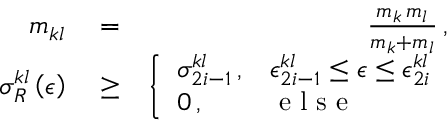
\begin{array} { r l r } { m _ { k l } } & { { } = } & { \frac { m _ { k } \, m _ { l } } { m _ { k } + m _ { l } } \, , } \\ { \sigma _ { R } ^ { k l } \left( \epsilon \right) } & { { } \ge } & { \left\{ \begin{array} { l l } { \sigma _ { 2 i - 1 } ^ { k l } \, , } & { \epsilon _ { 2 i - 1 } ^ { k l } \le \epsilon \le \epsilon _ { 2 i } ^ { k l } } \\ { 0 \, , } & { \mathrm { ~ e ~ l ~ s ~ e ~ } } \end{array} \right. } \end{array}